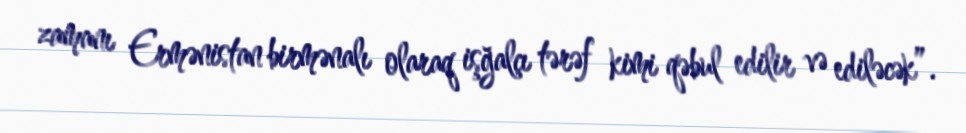
zamanı Ermənistan birmənalı olaraq işğalçı tərəf kimi qəbul edilir və ediləcək”.